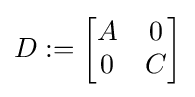
D:=\left[{\begin{matrix}A&0\\0&C\end{matrix}}\right]